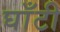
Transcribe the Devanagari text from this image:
घाँटी